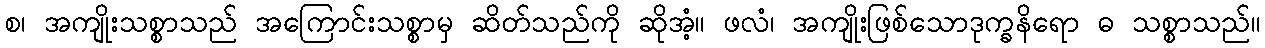
စ၊ အကျိုးသစ္စာသည် အကြောင်းသစ္စာမှ ဆိတ်သည်ကို ဆိုအံ့။ ဖလံ၊ အကျိုးဖြစ်သောဒုက္ခနိရော ဓ သစ္စာသည်။